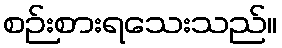
စဉ်းစားရသေးသည်။